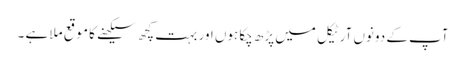
آپ کے دونوں آرٹیکل میں پڑھ چکا ہوں اور بہت کچھ سیکھنے کا موقع ملا ہے ۔